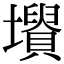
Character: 𡓤